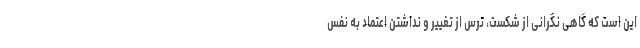
این است که گاهی نگرانی از شکست، ترس از تغییر و نداشتن اعتماد به نفس